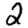
Digit: 2